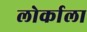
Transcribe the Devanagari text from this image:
लोर्काला